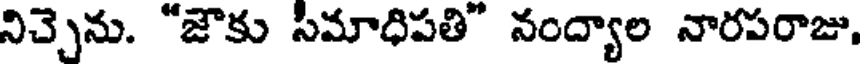
నిచ్చెను. "జౌకు సిమాధిపతి" నంద్యాల నారపరాజు.